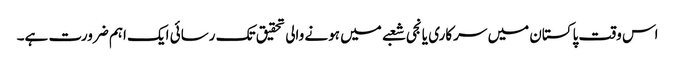
اس وقت پاکستان میں سرکاری یا نجی شعبے میں ہونے والی تحقیق تک رسائی ایک اہم ضرورت ہے۔